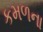
કમળના